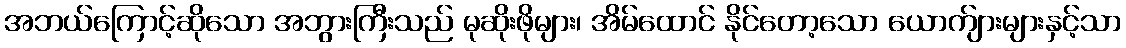
အဘယ်ကြောင့်ဆိုသော အဘွားကြီးသည် မုဆိုးဖိုများ၊ အိမ်ထောင် နိုင်တော့သော ယောက်ျားများနှင့်သာ